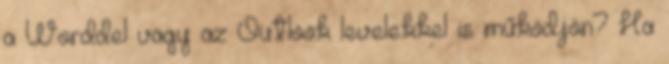
a Worddel vagy az Outlook levelekkel is működjön? Ha